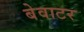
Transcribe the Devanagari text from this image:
बेवाटर